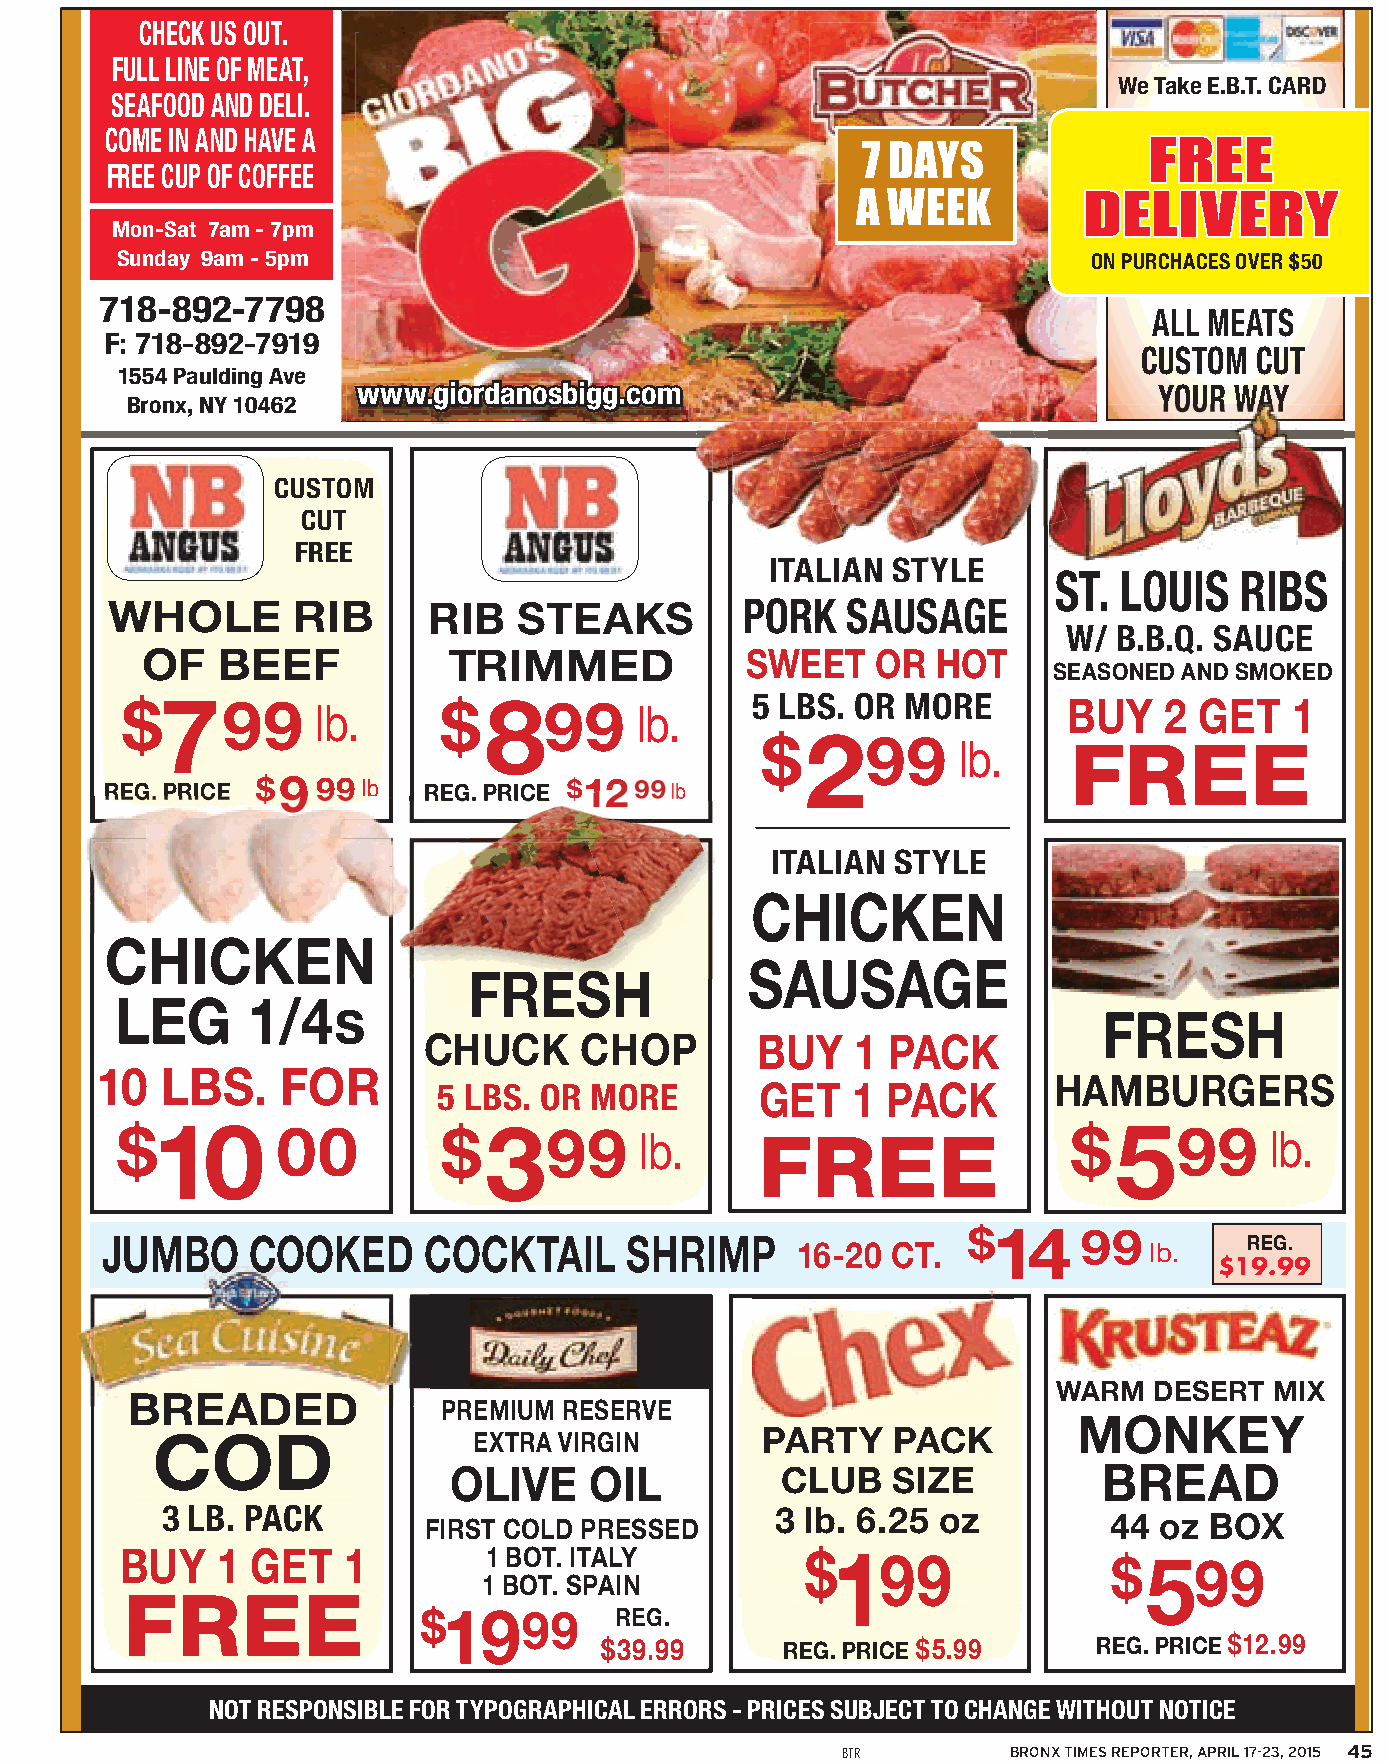
CHECK US OUT.
 FULL LINE OF MEAT,
 We Take E.B.T. CARD
 SEAFOOD AND DELI.
 COME IN AND HAVE A                                                   FREE
 7 DAYS
 FREE CUP OF COFFEE
 A WEEK         DELIVERY
 Mon-Sat 7am - 7pm
 Sunday 9am - 5pm                                                ON PURCHACES OVER $50
 718-892-7798
 ALL MEATS
 F: 718-892-7919
 CUSTOM CUT
 1554 Paulding Ave
 www.giordanosbigg.com                                YOUR WAY
 Bronx, NY 10462
 CUSTOM
 CUT
 FREE
 ITALIAN STYLE
 ST. LOUIS   RIBS
 WHOLE       RIB      RIB   STEAKS         PORK   SAUSAGE
 W/ B.B.Q. SAUCE
 OF   BEEF            TRIMMED            SWEET    OR  HOT
 SEASONED AND SMOKED
 7                    8
 $      99    lb.     $      99    lb.     5 LBS. OR MORE       BUY   2 GET    1
 2
 $      99    lb.     FREE
 REG. PRICE $9 99 lb  REG. PRICE $1299 lb
 ITALIAN STYLE
 CHICKEN
 CHICKEN
 SAUSAGE
 FRESH
 LEG     1/4s
 FRESH
 CHUCK     CHOP        BUY    1 PACK
 10   LBS.    FOR
 HAMBURGERS
 GET   1  PACK
 5 LBS. OR MORE
 10                    3                                         5
 $         00         $      99    lb.     FREE                 $      99    lb.
 JUMBO     COOKED     COCKTAIL     SHRIMP
 $14
 99
 16-20 CT.              lb.    REG.
 $19.99
 WARM  DESERT  MIX
 BREADED
 PREMIUM RESERVE
 MONKEY
 COD                                     PARTY    PACK
 EXTRA VIRGIN
 OLIVE    OIL          CLUB   SIZE          BREAD
 3 LB. PACK                              3 lb. 6.25 oz         44  oz BOX
 FIRST COLD PRESSED
 1
 BUY   1  GET   1        1 BOT. ITALY         $    99              $5   99
 FREE                    1 BOT. SPAIN
 19
 $      99    REG.
 $39.99      REG. PRICE $5.99     REG. PRICE $12.99
 NOT RESPONSIBLE FOR TYPOGRAPHICAL ERRORS - PRICES SUBJECT TO CHANGE WITHOUT NOTICE
 BTR        BRONX TIMES REPORTER, APRIL 17-23, 2015 45